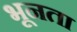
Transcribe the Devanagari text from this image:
भूनता